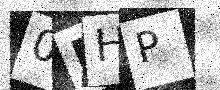
Text: 0DHP